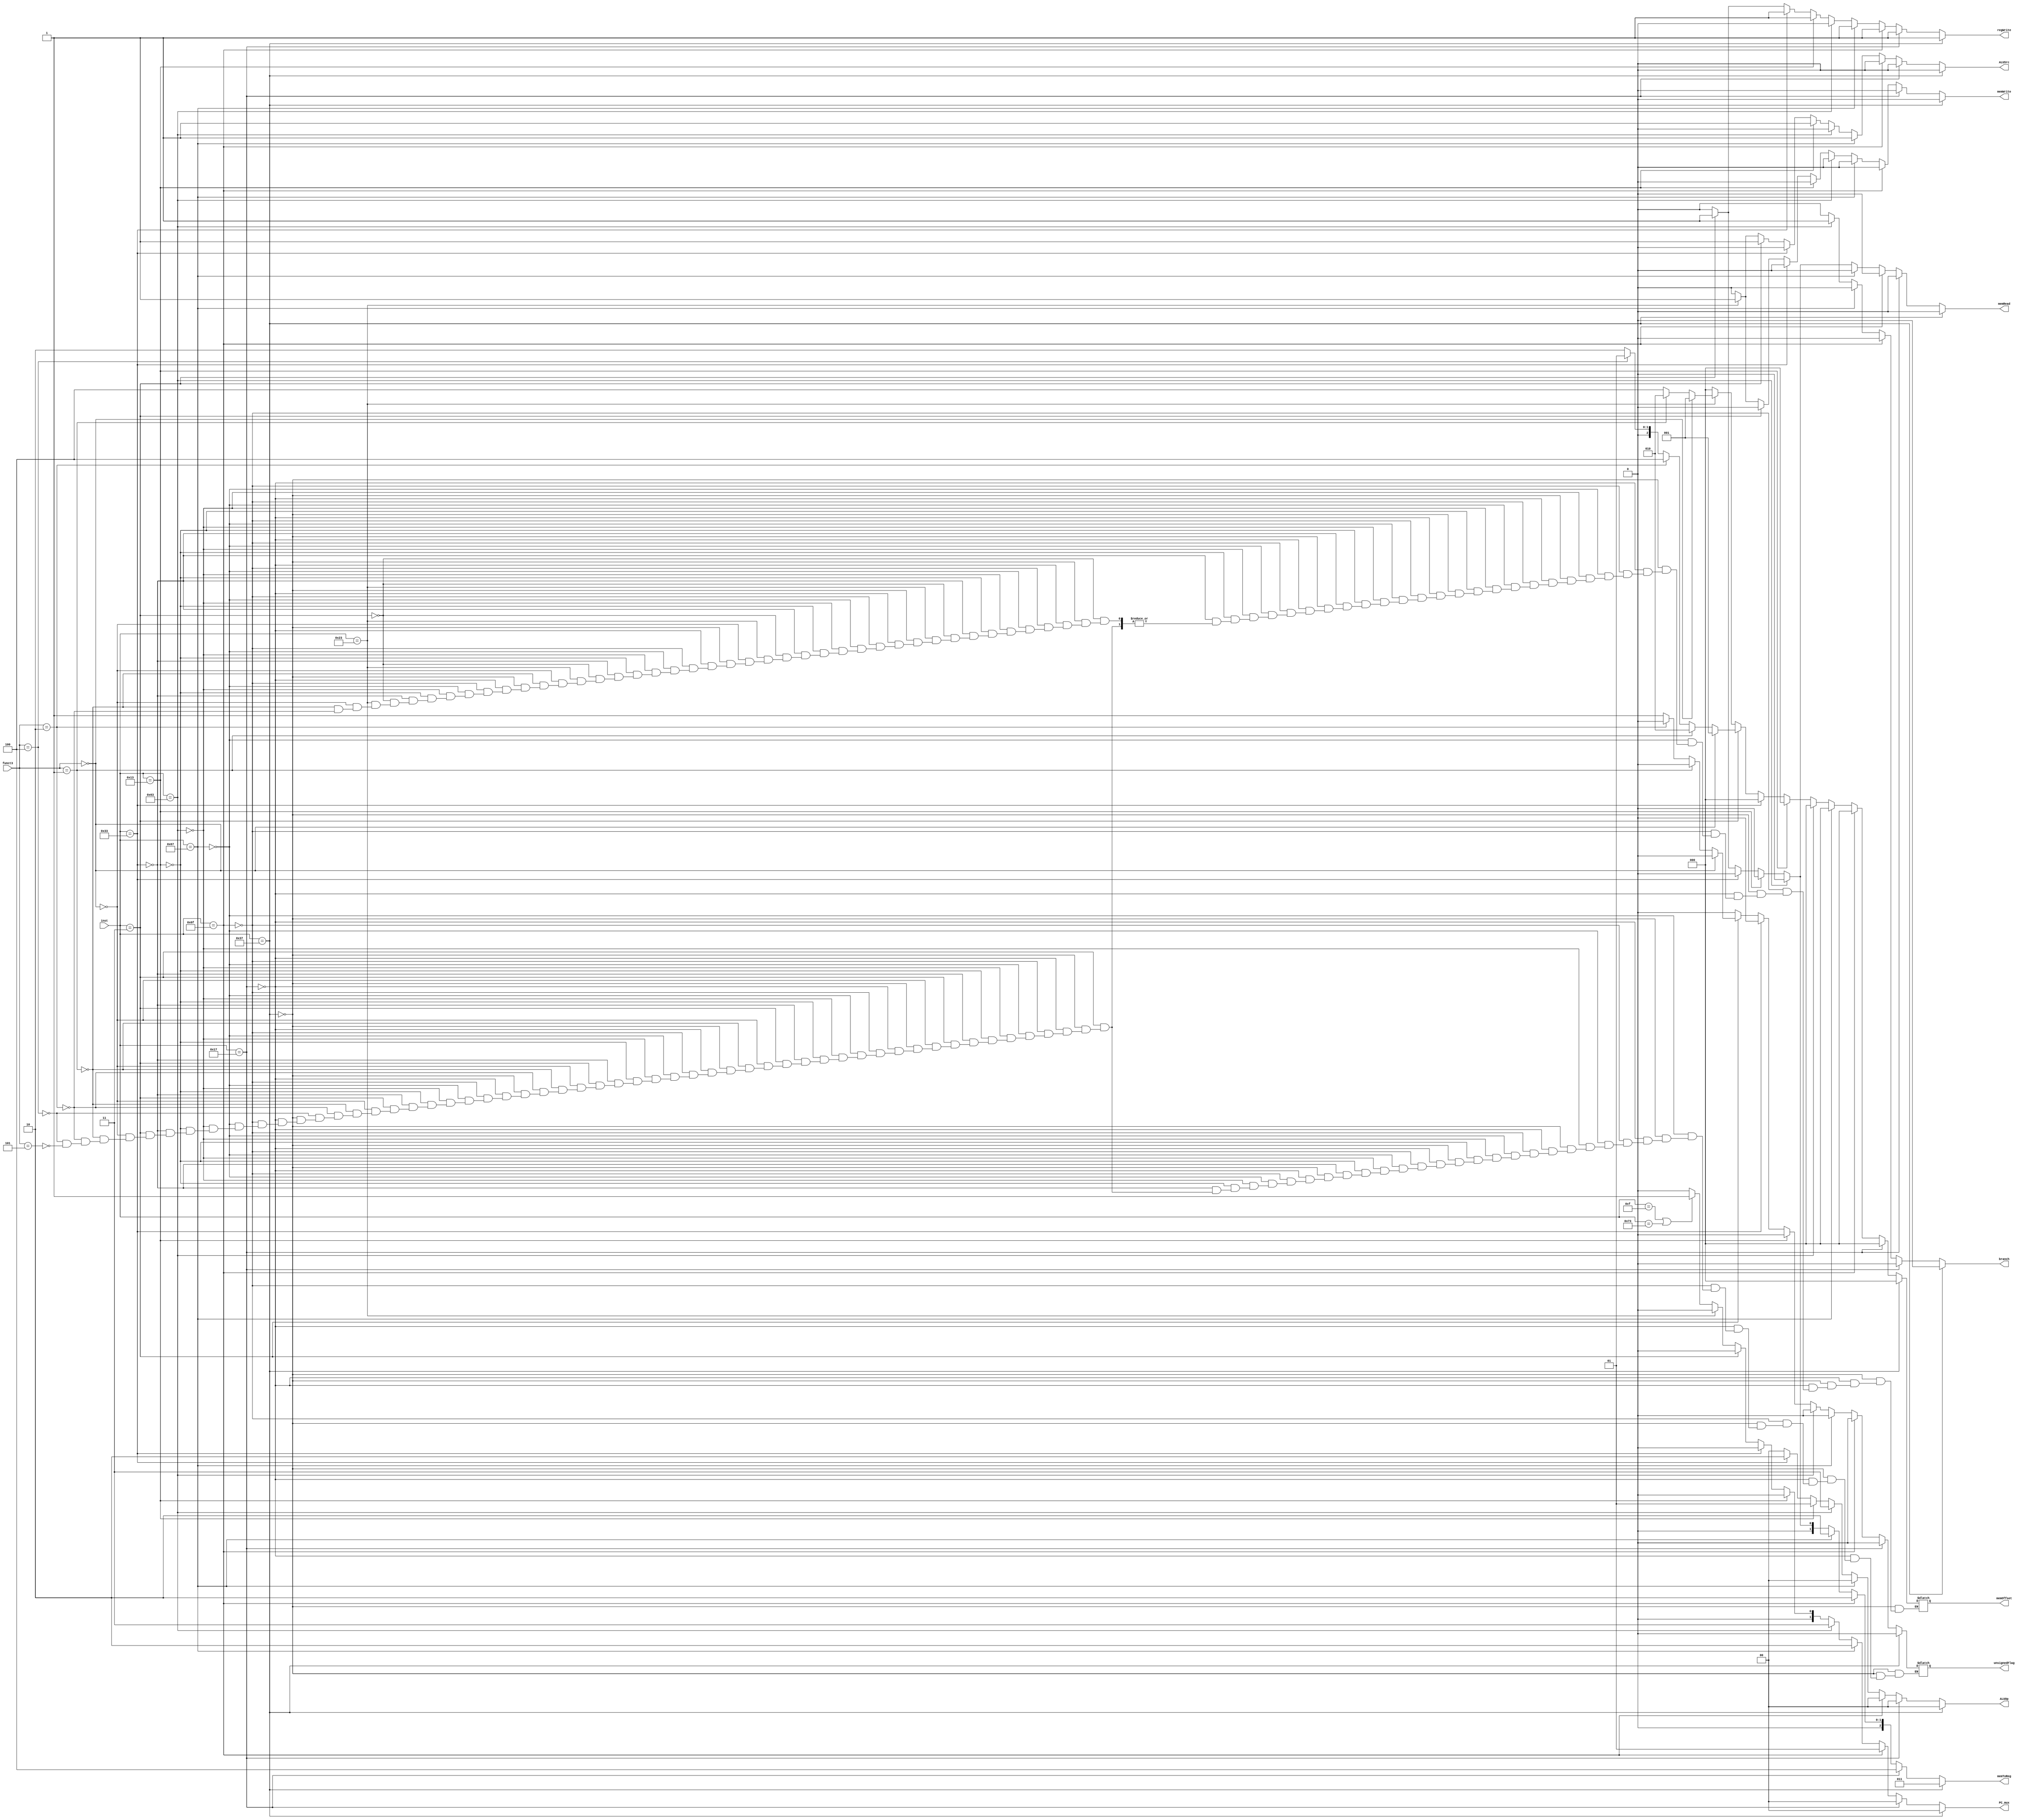
module control_unit( input [6:0] inst, input[2:0] funct3, output reg branch, output reg memRead, output reg[2:0] memToReg, output reg memWrite, output reg ALUSrc, output reg regWrite, output reg [1:0]  ALUOp, output reg[2:0] memOffset, output reg unsignedFlag, output reg[1:0] PC_mux);

always@(*) begin
    if(inst == 7'b0110111) begin  // LUI
        branch = 1'b0;
        memRead = 1'b0;
        memToReg = 3'b011;
        memWrite = 1'b0;
        ALUSrc = 1'b0;
        regWrite = 1'b1;
        ALUOp = 2'b00;
        memOffset = 3'b000;
        unsignedFlag = 1'b0;
	PC_mux = 2'b00;
    end
    else if(inst == 7'b0010111) begin  // AUIPC
        branch = 1'b0;
        memRead = 1'b0;
        memToReg = 3'b100;
        memWrite = 1'b0;
        ALUSrc = 1'b0;
        regWrite = 1'b1;
        ALUOp = 2'b00;
        memOffset = 3'b000;
        unsignedFlag = 1'b0;
	PC_mux = 2'b00;
    end
    else if(inst == 7'b1101111) begin // JAL
        branch = 1'b0;
        memRead = 1'b0;
        memToReg = 3'b010;
        memWrite = 1'b0;
        ALUSrc = 1'b0;
        regWrite = 1'b1;
        ALUOp = 2'b00;
        memOffset = 3'b000;
        unsignedFlag = 1'b0;
	PC_mux = 2'b01;
    end
    else if(inst == 7'b1100111) begin // JALR
        branch = 1'b0;
        memRead = 1'b0;
        memToReg = 3'b010;
        memWrite = 1'b0;
        ALUSrc = 1'b1;
        regWrite = 1'b1;
        ALUOp = 2'b00;
        memOffset = 3'b000;
        unsignedFlag = 1'b0;
	PC_mux = 2'b10;
    end
    else if(inst == 7'b1100011) begin // B-type
        branch = 1'b1;
        memRead = 1'b0;
        memToReg = 3'b000;
        memWrite = 1'b0;
        ALUSrc = 1'b0;
        regWrite = 1'b0;
        ALUOp = 2'b11;
        memOffset = 3'b000;
        unsignedFlag = 1'b0;
	PC_mux = 2'b11;
    end
    else if(inst == 7'b0010011) begin // I-type
        branch = 1'b0;
        memRead = 1'b0;
        memToReg = 3'b000;
        memWrite = 1'b0;
        ALUSrc = 1'b1;
        regWrite = 1'b1;
        ALUOp = 2'b01;
        memOffset = 3'b000;
        unsignedFlag = 1'b0;
	PC_mux = 2'b00;
    end
    else if(inst == 7'b0110011) begin // R-type
        branch = 1'b0;
        memRead = 1'b0;
        memToReg = 3'b000;
        memWrite = 1'b0;
        ALUSrc = 1'b0;
        regWrite = 1'b1;
        ALUOp = 2'b10;
        memOffset = 3'b000;
        unsignedFlag = 1'b0;
	PC_mux = 2'b00;
    end
    else if(inst == 7'b0000011) begin // load
        branch = 1'b0;
        memRead = 1'b1;
        memToReg = 3'b001;
        memWrite = 1'b0;
        ALUSrc = 1'b1;
        regWrite = 1'b1;
        ALUOp = 2'b00;
	   PC_mux = 2'b00;
        if(funct3 == 3'b000) begin
            memOffset = 3'b001;
            unsignedFlag = 1'b0;
        end
        else if(funct3 == 3'b001) begin
            memOffset = 3'b010;
            unsignedFlag = 1'b0;
        end
        else if(funct3 == 3'b010) begin
            memOffset = 3'b100;
            unsignedFlag = 1'b0;
        end
        else if(funct3 == 3'b100) begin
            memOffset = 3'b001;
            unsignedFlag = 1'b1;
        end
        else if(funct3 == 3'b101) begin
            memOffset = 3'b010;
            unsignedFlag = 1'b1;
        end
        
    end
    else if(inst == 7'b0100011) begin // store
        branch = 1'b0;
        memRead = 1'b0;
        memToReg = 3'b000;
        memWrite = 1'b01;
        ALUSrc = 1'b1;
        regWrite = 1'b0;
        ALUOp = 2'b00;
        PC_mux = 2'b00;
        unsignedFlag = 1'b0;
        if(funct3 == 3'b000) begin
                memOffset = 3'b001;
        end
        else if(funct3 == 3'b001) begin
            memOffset = 3'b010;
        end
        else if(funct3 == 3'b010) begin
            memOffset = 3'b100;
        end
    end
    else if(inst == 7'b0001111 || inst ==7'b1110011) begin
        branch = 1'b0;
        memRead = 1'b0;
        memToReg = 3'b000;
        memWrite = 1'b00;
        ALUSrc = 1'b0;
        regWrite = 1'b0;
        ALUOp = 2'b00;
        PC_mux = 2'b01;
        unsignedFlag = 1'b0;
        memOffset = 3'b000; 
    end
    else begin  // ECALL - EBREAK - Fence
        branch = 1'b0;
        memRead = 1'b0;
        memToReg = 3'b000;
        memWrite = 1'b00;
        ALUSrc = 1'b0;
        regWrite = 1'b0;
        ALUOp = 2'b00;
        PC_mux = 2'b00;
        unsignedFlag = 1'b0;
        memOffset = 3'b000;    
    end 
end

endmodule